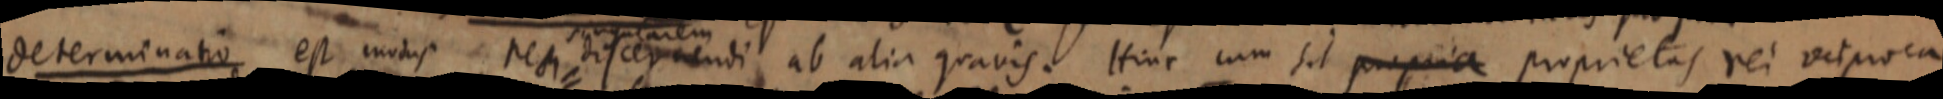
determinatio est modus res discernendi ab alia gravis. Hinc cum sit propria proprietas rei vel proca